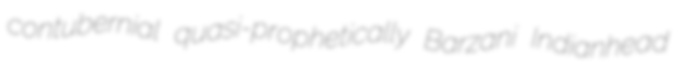
contubernial quasi-prophetically Barzani Indianhead